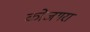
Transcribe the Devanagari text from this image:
कोजगरा